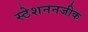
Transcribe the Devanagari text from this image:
स्टेशननजीक